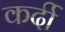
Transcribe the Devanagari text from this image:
कर्दी